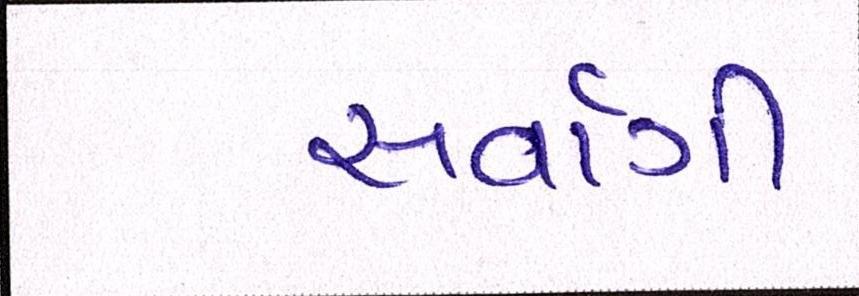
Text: સર્વાગી